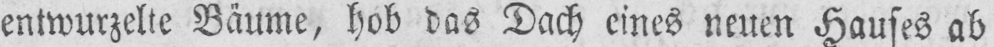
entwurzelte Bäume, hob das Dach eines neuen Hauses ab